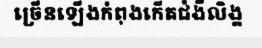
ច្រើនឡើងកំពុងកើតជំងឺលិង្គ